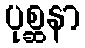
ပုစ္ဆနာ